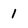
Character: 1